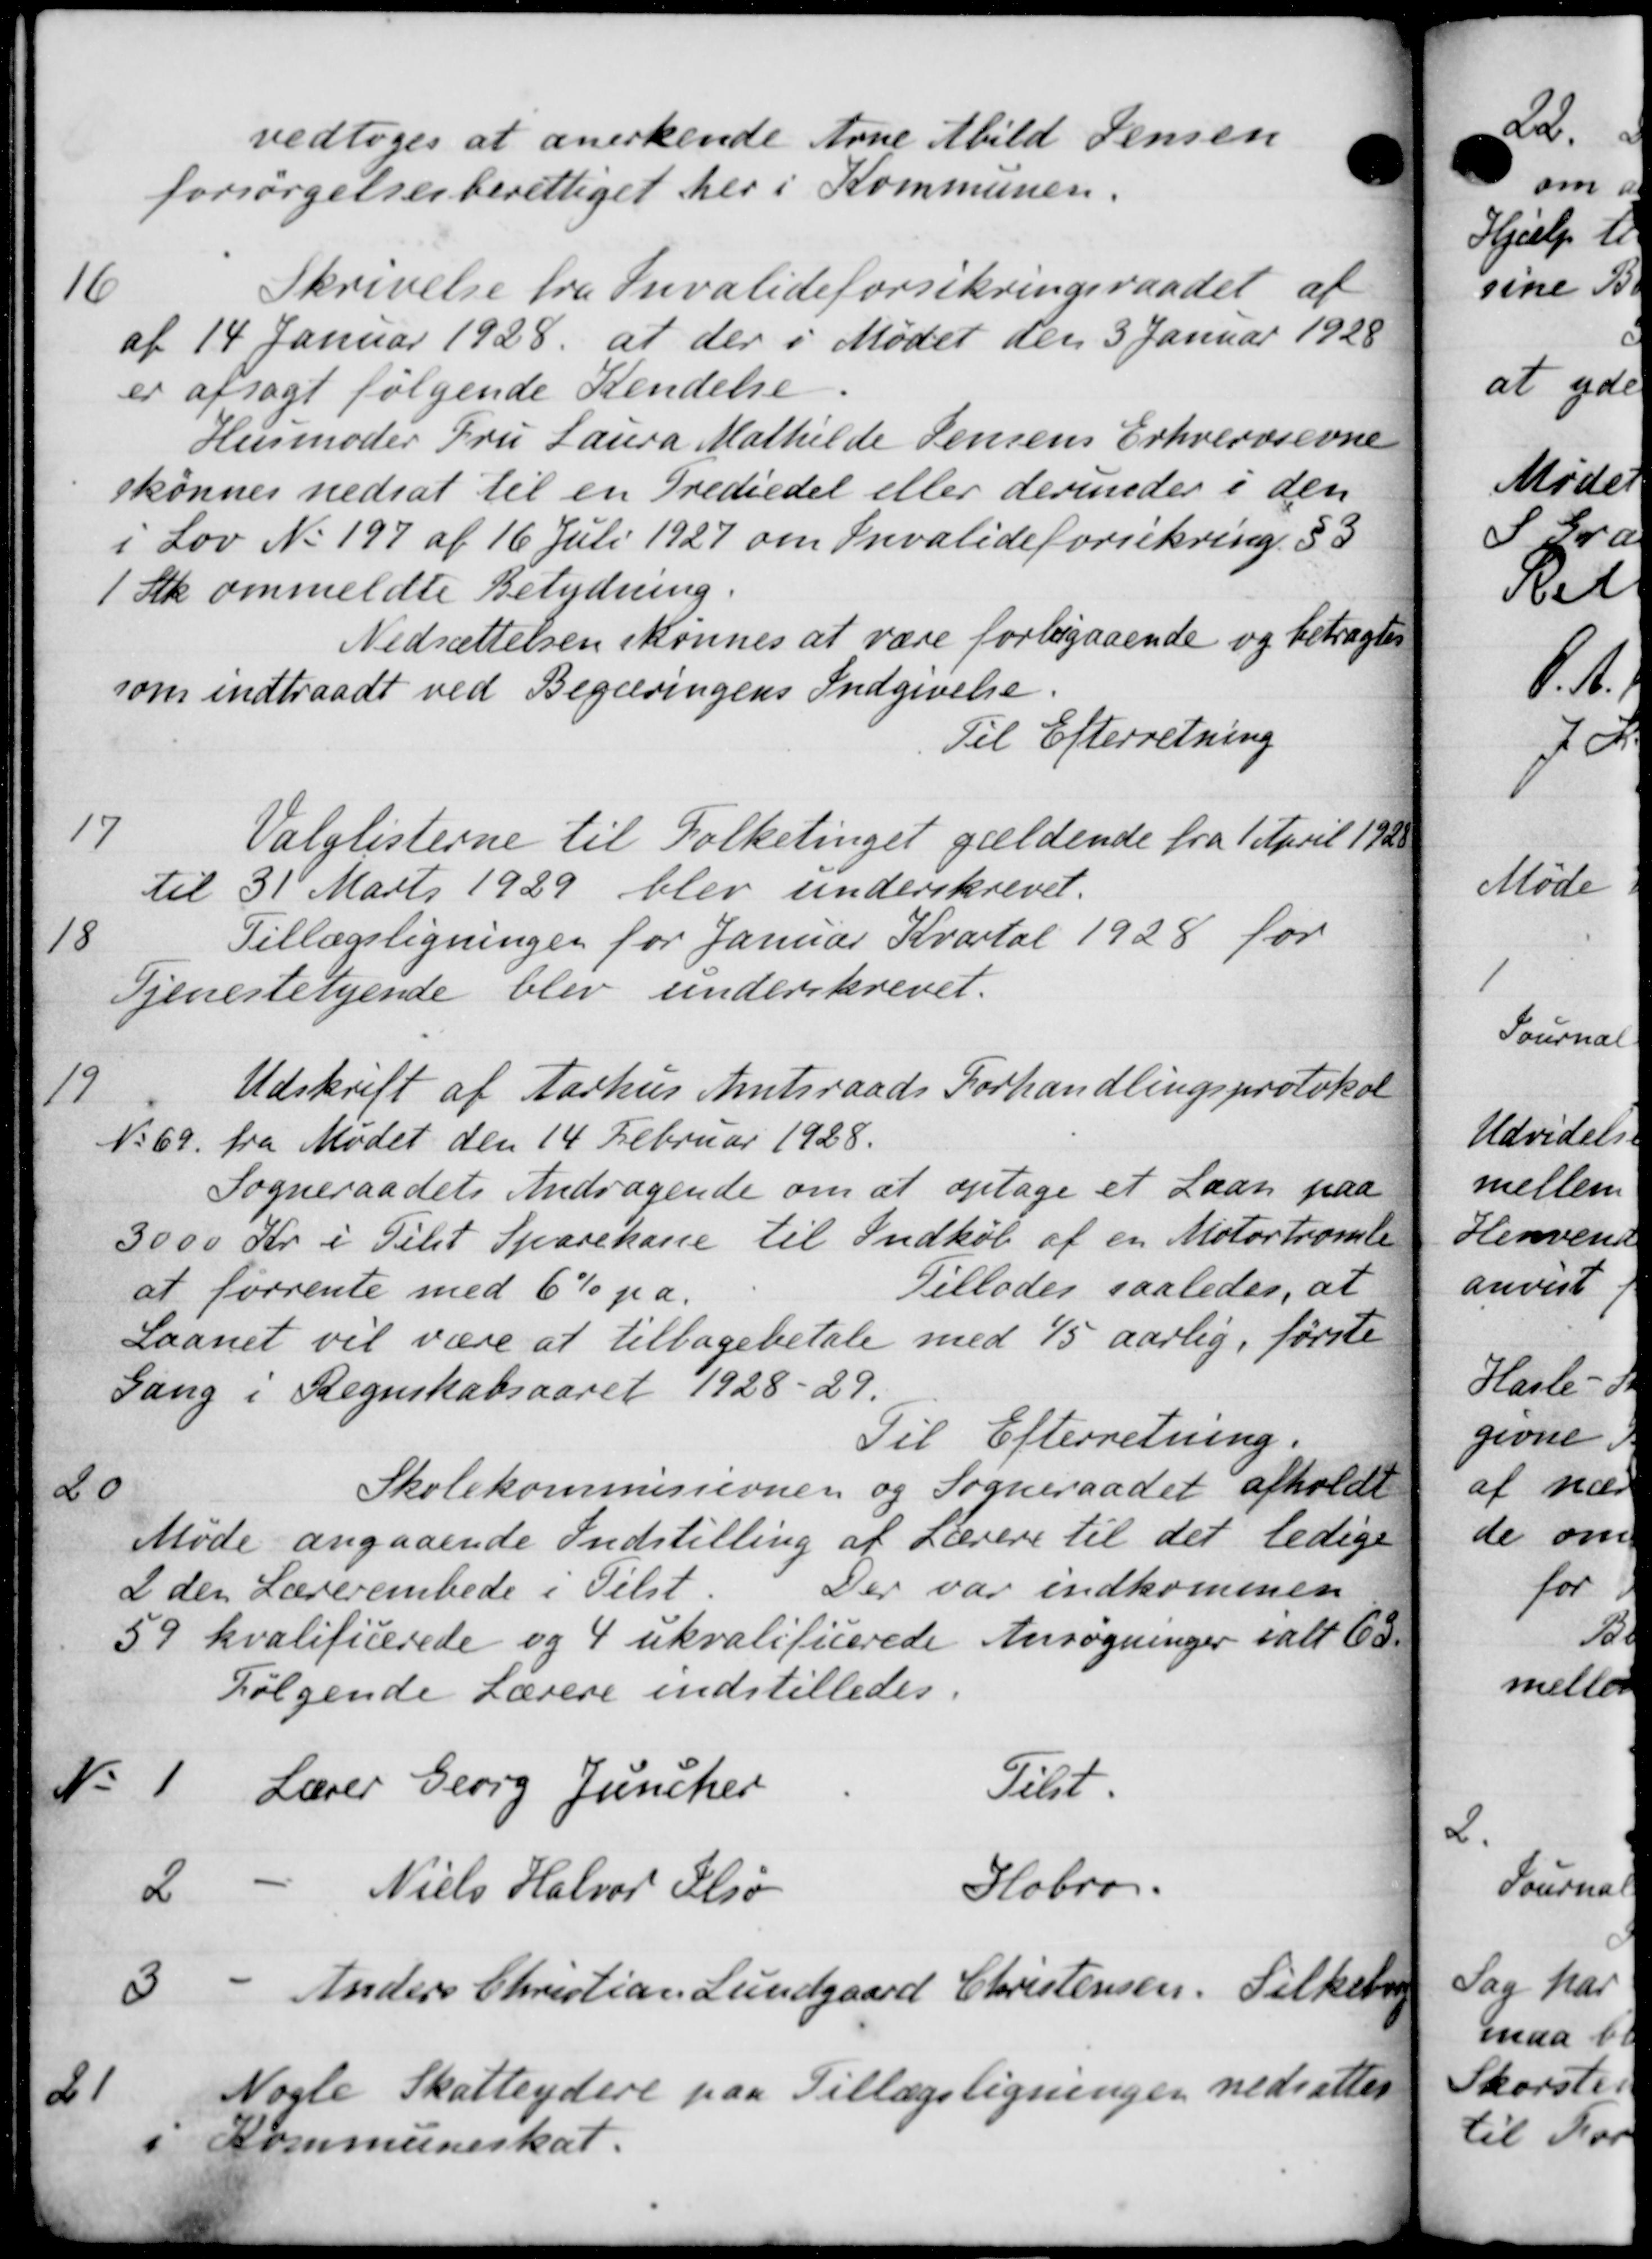
Transskription:
vedtoges at anerkende Arne Abild Jensen
forsørgelsesberettiget her i Kommunen.
16
Skrivelse fra Invalideforsikringsraadet af
af 14 Januar 1928, at der i Mødet den 3 Januar 1928
er afsagt følgende Kendelse.
Husmoder Fru Laura Mathilde Jensens Erhvervsevne
skønnes nedsat til en Trediedel eller derunder i den
i Lov No 197 af 16 Juli 1927 om Invalideforsikring § 3
1 Stk. ommeldte Betydning.
Nedsættelsen skønnes at være forbigaaende og betragtes
som indtraadt ved Begæringens Indgivelse.
Til Efterretning
17
Valglisterne til Folketinget gældende fra 1 April 1920
til 31' Marts 1929 blev underskrevet.
18
Tillægsligningen for Januar Kvartal 1928 for
Tjenestetyende blev underskrevet.
19
Udskrift af Aarhus Amtsraads Forhandlingsprotokol
N. 69. fra Mødet den 14 Februar 1928.
Sogneraadets Andragende om at optage et Laan paa
3000 Kr. i Tilst Sparekasse til Indkøb af en Motortromle
at forrente med 6% pa.
Tillades saaledes, at
Laanet vil være at tilbagebetale med 1/5 aarlig, første
Gang i Regnskabsaaret 1928-29.
Til Efterretning.
20
Skolekommissionen og Sogneraadet afholdt
Møde angaaende Indstilling af Lærere til det ledige
I den Lærerembede i Tilst.
Der var indkommen
59 kvalificerede og 4 ukvalificerede Ansøgninger ialt 63.
Følgende Lærere indstilledes.
No 1 Lærer Georg Juncker Just.
2 -"- Niels Halvor Ilsø Hobro.
3 - Anders Christian Lundgaard Christensen. Silkeb
21
Nogle Skatteydere paa Tillægsligningen nedsattes
i Kommuneskat.